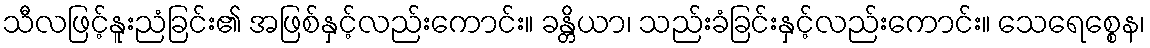
သီလဖြင့်နူးညံခြင်း၏ အဖြစ်နှင့်လည်းကောင်း။ ခန္တိယာ၊ သည်းခံခြင်းနှင့်လည်းကောင်း။ သေရေစ္စေန၊